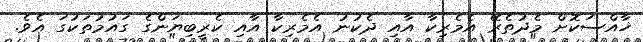
ޚާއްސަކޮށް މެދުތެރޭ އެމެރިކާ އާއި ދެކުނު އެމެރިކާ އާއި ކެރީބިޔަންގެ ގައުމުތަކުގަ އެވެ.